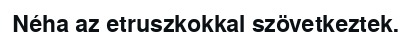
Néha az etruszkokkal szövetkeztek.